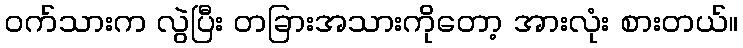
ဝက်သားက လွဲပြီး တခြားအသားကိုတော့ အားလုံး စားတယ်။